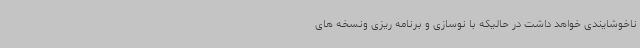
ناخوشایندی خواهد داشت در حالیکه با نوسازی و برنامه ریزی ونسخه های